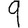
Digit: 9